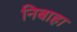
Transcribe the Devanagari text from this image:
निबाहा